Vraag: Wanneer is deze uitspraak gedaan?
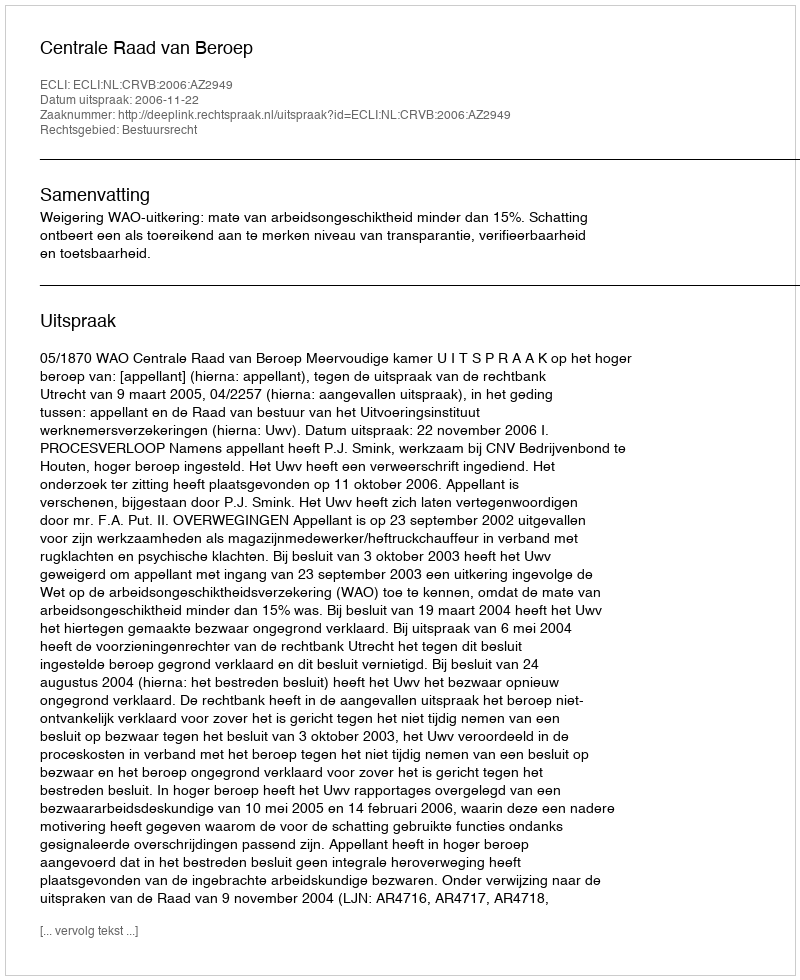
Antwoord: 2006-11-22